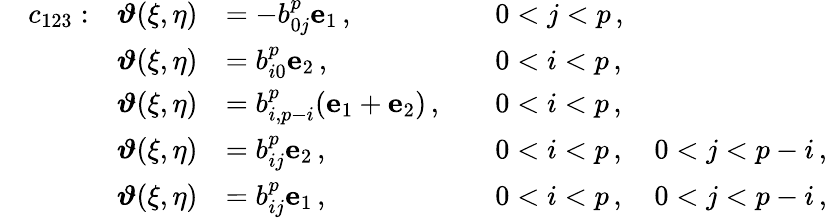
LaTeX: \begin{array}{rlrlrl}&{c_{123}:}&{\boldsymbol{\vartheta}(\xi,\eta)}&{=-b_{0j}^{p}\mathbf{e}_{1}\, ,}&&{0<j<p\, ,}\\ &{}&{\boldsymbol{\vartheta}(\xi,\eta)}&{=b_{i0}^{p}\mathbf{e}_{2}\, ,}&&{0<i<p\, ,}\\ &{}&{\boldsymbol{\vartheta}(\xi,\eta)}&{=b_{i,p-i}^{p}(\mathbf{e}_{1}+\mathbf{e}_{2})\, ,}&&{0<i<p\, ,}\\ &{}&{\boldsymbol{\vartheta}(\xi,\eta)}&{=b_{ij}^{p}\mathbf{e}_{2}\, ,}&&{0<i<p\, ,\quad 0<j<p-i\, ,}\\ &{}&{\boldsymbol{\vartheta}(\xi,\eta)}&{=b_{ij}^{p}\mathbf{e}_{1}\, ,}&&{0<i<p\, ,\quad 0<j<p-i\, ,}\end{array}